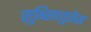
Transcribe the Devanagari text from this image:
सुब्स्तितुतेस